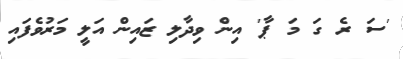
'ސަ ރެ ގަ މަ ޕާ' އިން ވިދާލި ޒައިން އަލީ މަރުވެފައި